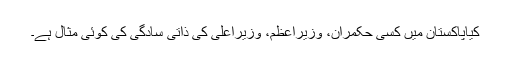
کیاپاکستان میں کسی حکمران، وزیراعظم، وزیراعلیٰ کی ذاتی سادگی کی کوئی مثال ہے۔